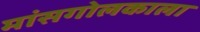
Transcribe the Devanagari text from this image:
मांसगोलकाला